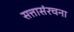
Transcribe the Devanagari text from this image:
सत्तासंरचना